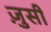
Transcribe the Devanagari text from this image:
ज़ुसी